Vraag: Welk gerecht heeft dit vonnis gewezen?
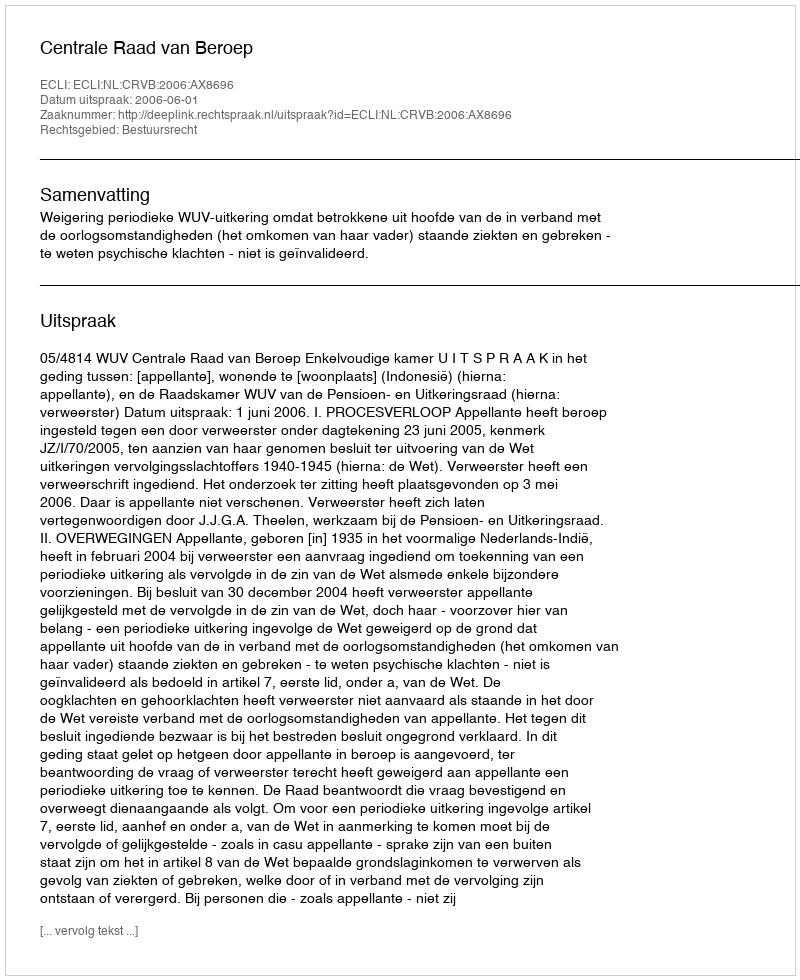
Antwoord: Centrale Raad van Beroep